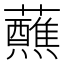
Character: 蘸